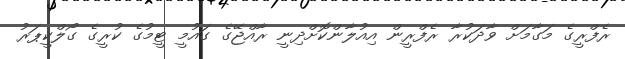
ރެފްރީގެ މަގާމަށް ވާދަކުރާ ރެފްރީން އިއުލާންކޮށްދިނީ ރާއްޖޭގެ ގައުމީ ޓީމުގެ ކުރީގެ ގޯލްކީޕަރު